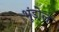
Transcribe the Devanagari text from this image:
भूंडोल